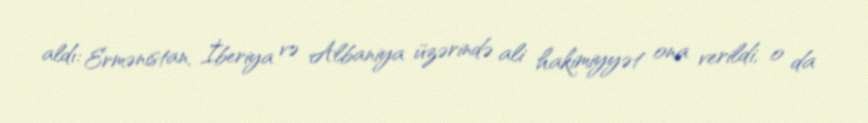
aldı: Ermənistan, İberiya və Albaniya üzərində ali hakimiyyət ona verildi, o da